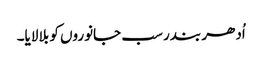
اُدھر بندر سب جانوروں کو بلا لایا۔